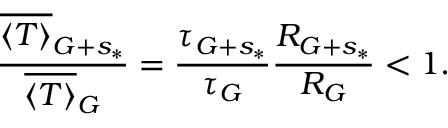
\frac { \overline { { \langle T \rangle } } _ { G + s _ { * } } } { \overline { { \langle T \rangle } } _ { G } } = \frac { \tau _ { G + s _ { * } } } { \tau _ { G } } \frac { R _ { G + s _ { * } } } { R _ { G } } < 1 .